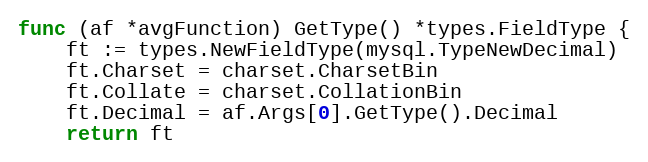
Language: Go
func (af *avgFunction) GetType() *types.FieldType {
	ft := types.NewFieldType(mysql.TypeNewDecimal)
	ft.Charset = charset.CharsetBin
	ft.Collate = charset.CollationBin
	ft.Decimal = af.Args[0].GetType().Decimal
	return ft